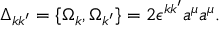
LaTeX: \Delta _ { k k ^ { \prime } } = \{ \Omega _ { k } , \Omega _ { k ^ { \prime } } \} = 2 \epsilon ^ { k k ^ { \prime } } a ^ { \mu } a ^ { \mu } .